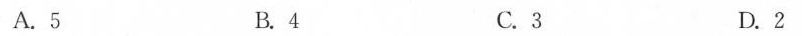
A.5 B.4 C.3 D.2